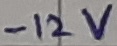
Text: -12V